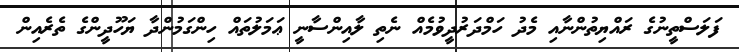
ފަލަސްތީނުގެ ރައްޔިތުންނާއި މެދު ހަމްދަރުދީވުމެއް ނެތި ލާއިންސާނީ ޢަމަލުތައް ހިންގަމުންދާ ޔަހޫދީންގެ ތެރެއިން